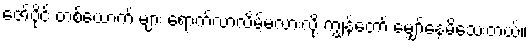
ဇော်ပိုင် တစ်ယောက် များ ရောက်လာလိမ့်မလားလို့ ကျွန်တော် မျှော်နေမိသေးတယ်။